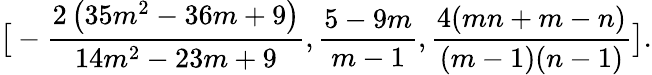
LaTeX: \big[-\frac{2\left(35m^{2}-36m+9\right)}{14m^{2}-23m+9},\frac{5-9m}{m-1},\frac{4(mn+m-n)}{(m-1)(n-1)}\big].